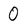
Character: 0